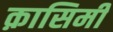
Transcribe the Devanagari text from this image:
क़ासिमी